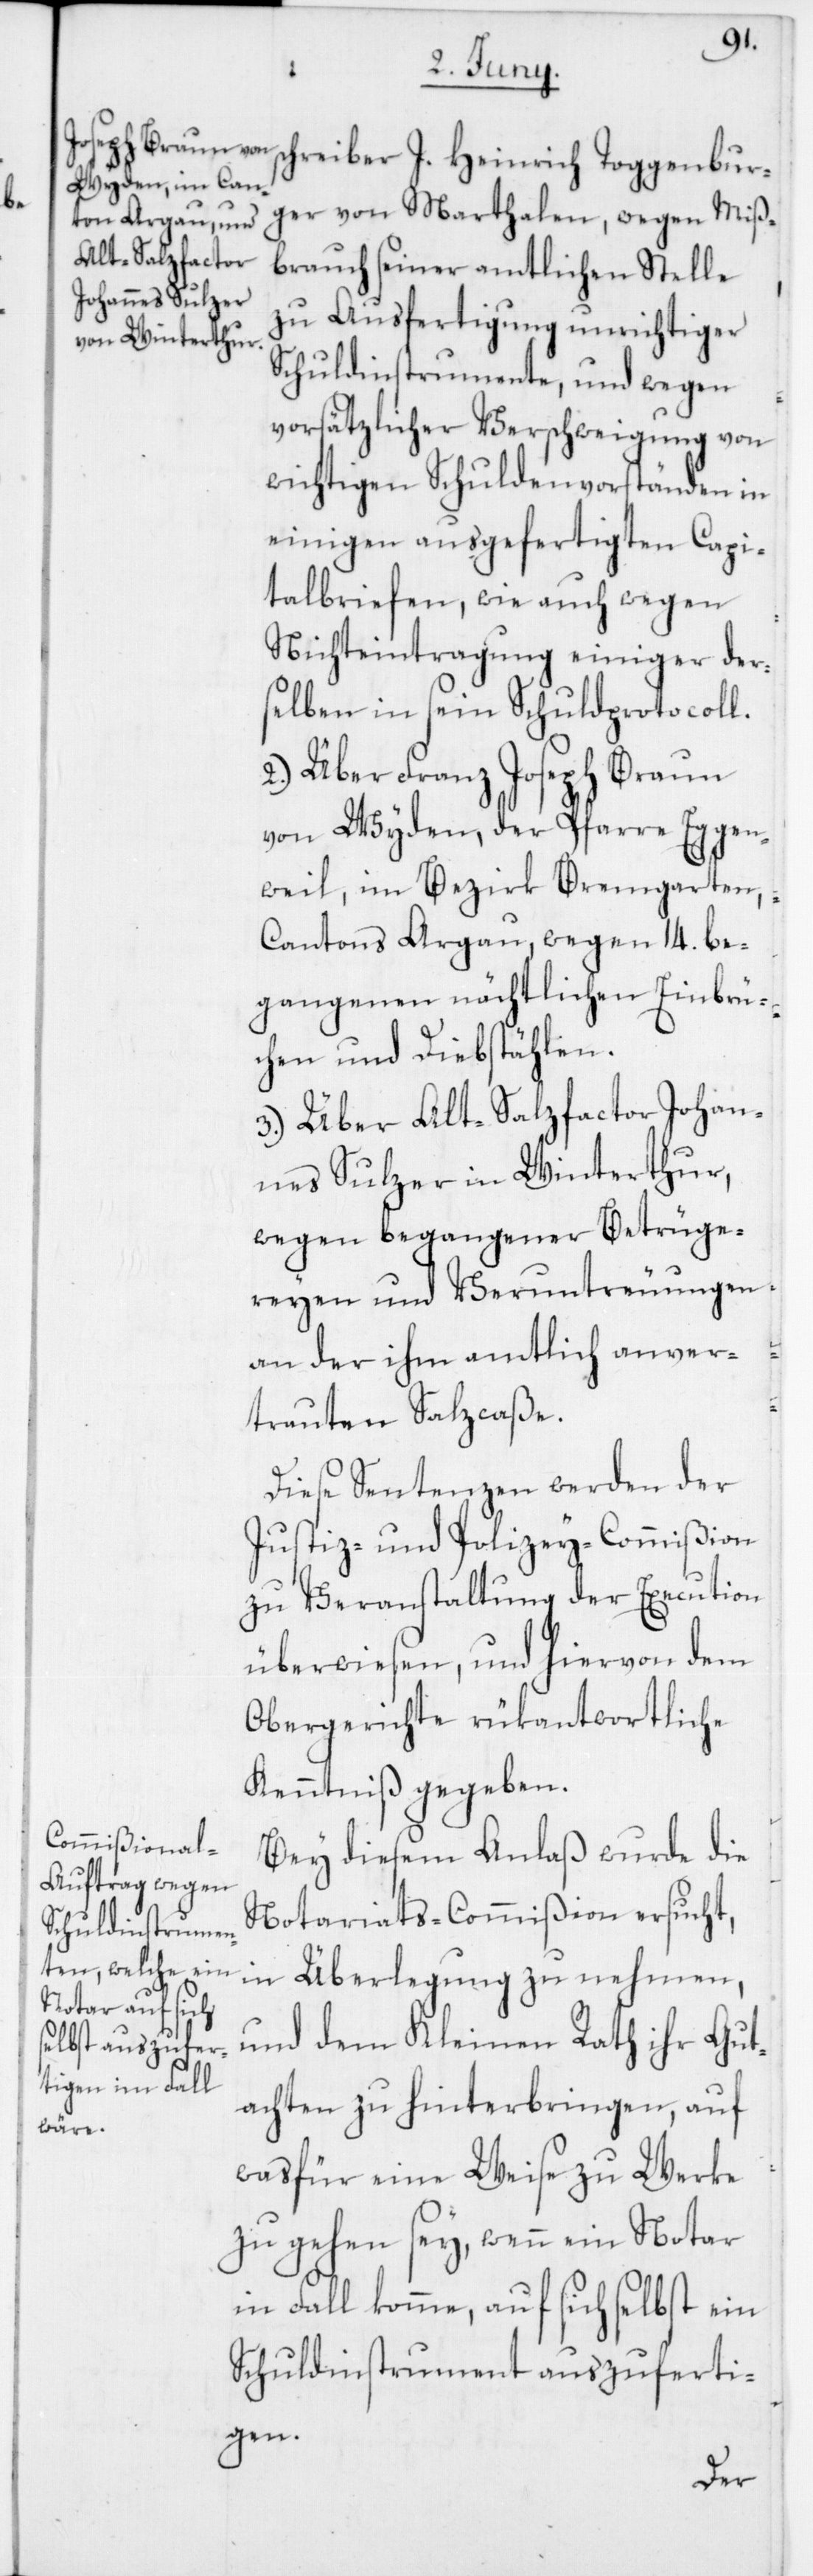
s¬

chreiber J. Heinrich Toggenbur¬
ger von Marthalen, wegen Miß¬
brauch seiner amtlichen Stelle
zu Ausfertigung unrichtiger
Schuldinstrumente, und wegen
vorsätzlicher Verschweigung von
wichtigen Schuldenvorständen in
einigen ausgefertigten Capi¬
talbriefen, wie auch wegen
Nichteintragung einiger der¬
selben in sein Schuldprotocoll.
2. Über Franz Joseph Braun
von Wyden, der Pfarre Eggen¬
weil im Bezirk Bremgarten,
Cantons Argau, wegen 14 be¬
gangenen nächtlichen Einbrü¬
chen und Diebstählen.
3. Über Alt-Salzfactor Johan¬
nes Sulzer in Winterthur,
wegen begangener Betrüge¬
reyen und Veruntreuungen
an der ihm amtlich anver¬
trauten Salzcaße.
Diese Sentenzen werden der
Justiz- und Polizey-Commißion
zu Veranstaltung der Excution
überwiesen, und hiervon dem
Obergerichte rükantwortliche
Kenntniß gegeben.
Bey diesem Anlaß wurde die
Notariats-Commißion ersucht,
in Überlegung zu nehmen
und dem Kleinen Rath ihr Gut¬
achten zu hinterbringen, auf
wasfür eine Weise zu Werke
zu gehen sey, wenn ein Notar
in Fall komme, auf sich selbst ein
Schuldinstrument auszuferti¬
gen.